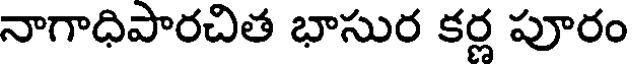
నాగాధిపారచిత భాసుర కర్ణ పూరం